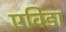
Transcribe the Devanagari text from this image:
एविडा